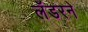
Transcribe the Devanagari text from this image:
लँडरने